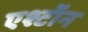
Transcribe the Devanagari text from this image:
एश्टॉन